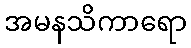
အမနသိကာရော